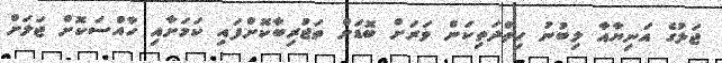
ޖަލުގެ އަނިޔާއާ ލިބުނު ހިތްދަތިކަން ވަރަށް ބޮޑަށް ތަޖުރިބާކޮށްފައި ކަމަށާއި ހާއްސަކޮށް ޖަލަށް